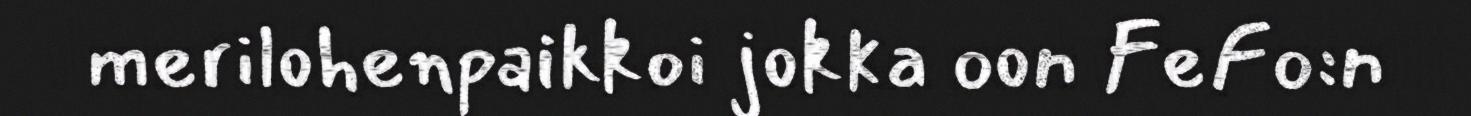
merilohenpaikkoi jokka oon FeFo:n